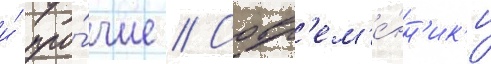
и́ про́чие // Совр'ем'е́нн'ик'и